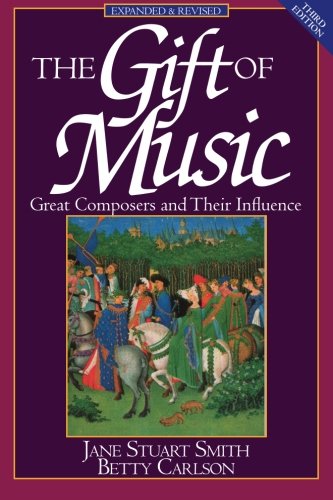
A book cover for The Gift of Music (Expanded and Revised, 3rd Edition): Great Composers and Their Influence; Jane Stuart Smith; Reference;